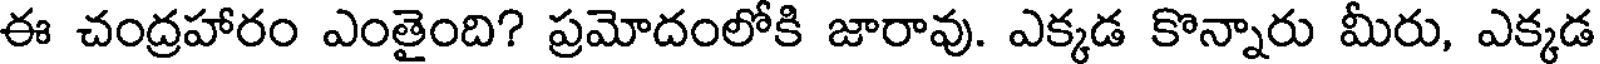
ఈ చంద్రహారం ఎంతైంది? ప్రమోదంలోకి జారావు. ఎక్కడ కొన్నారు మీరు, ఎక్కడ